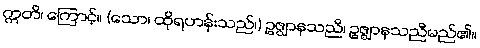
ဣတိ၊ ကြောင့်။ (သော၊ ထိုရဟန်းသည်၊) ဥဇ္ဈာနသညီ၊ ဥဇ္ဈာနသညီမည်၏။